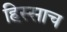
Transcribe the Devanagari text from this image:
हिस्साच